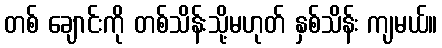
တစ် ချောင်းကို တစ်သိန်းသို့မဟုတ် နှစ်သိန်း ကျမယ်။